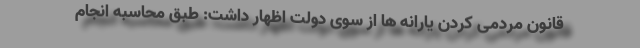
قانون مردمی کردن یارانه ها از سوی دولت اظهار داشت: طبق محاسبه انجام